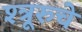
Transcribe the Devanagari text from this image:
श्त्रूरुचे